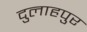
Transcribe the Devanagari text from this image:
दुलाहपुर